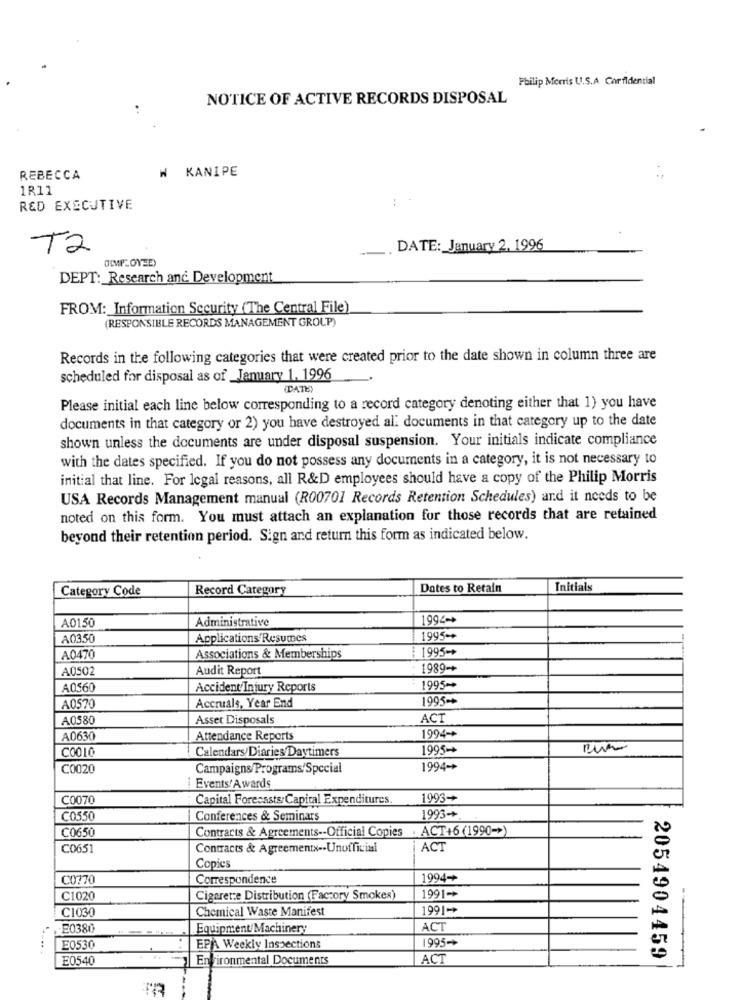
Philip Morris U.S.A Carfldential
NOTICE OF ACTIVE RECORDS DISPOSAL
W KANIPE
REBECCA
1R11
: -
RED EXECUTIVE
T2
DATE: January 2, 1996
DEPT: Research and Development
FROM: Information Security (The Central File)
(RESPONSIBLE RECORDS MANAGEMENT GROUP)
Records in the following categories that were created prior to the date shown in column three are
scheduled for disposal as of _January 1. 1996
(DATE
Please initial each line below corresponding to a record category denoting either that 1) you have
documents in that category or 2) you have destroyed al. documents in that category up to the date
shown unless the documents are under disposal suspension. Your initials indicate compliance
with the dates specified. If you do not possess any documents in a category, it is not necessary to
initial that line. For legal reasons, all R&D employees should have a copy of the Philip Morris
USA Records Management manual (R00701 Records Retention Schedules) and it needs to be
noted on this form. You must attach an explanation for those records that are retained
beyond their retention period. Sign and return this form as indicated below.
Category Code
Record Category
Dates to Retain
Initials
A0150
Administrative
1994-
A0350
Applications Resumes
1995 -*
1995-
A0470
Associations & Memberships
A0502
Audit Report
1989-+
A0560
Accident Injury Reports
1995-
Accruals, Year End
1995 -*
A0570
A0580
Asset Disposals
ACT
1994-+
A0630
Attendance Reports
C0010
1995++
Calendars/ Diaries Daytimers
C0020
Campaigns Programs/Special
1994-+
i Events/Awards
C0070
Capital Forecasts:Capital Expenditures.
1993+
C0550
Conferences & Seminars
1993+.
C0650
Contracts & Agreements -- Official Copies
ACT+6 (1990->)
C0651
Contracts & Agreementx -. Unofficial
ACT
Copies
C0770
Correspondence
1994+
C1020
Cigaretze Distribution (Factory Smokes)
1991-+
C1030
Chemical Waste Manifest
1991-
E0380
Equipment Machinery
ACT
1995->
E0530
EPAA Weekly Inspections
E0540
Environmental Documents
ACT
2054904459